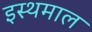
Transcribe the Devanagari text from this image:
इस्थमाल